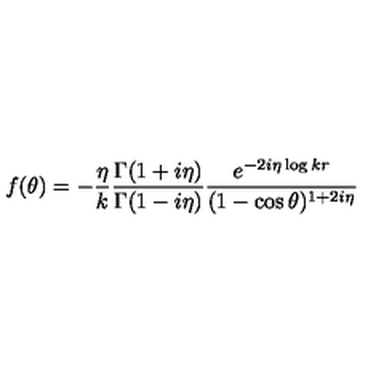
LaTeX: f ( \theta ) = - { \frac { \eta } { k } } { \frac { \Gamma ( 1 + i \eta ) } { \Gamma ( 1 - i \eta ) } } { \frac { e ^ { - 2 i \eta \log k r } } { ( 1 - \cos \theta ) ^ { 1 + 2 i \eta } } }